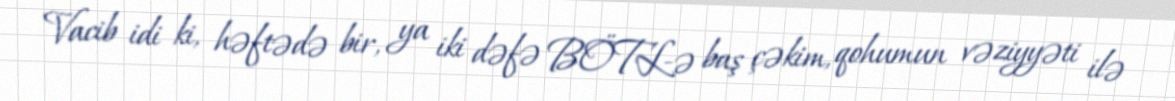
Vacib idi ki, həftədə bir, ya iki dəfə BÖTL-ə baş çəkim, qohumun vəziyyəti ilə